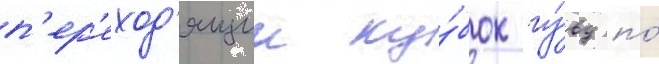
п'ер'еход'ящии ку́бок гу́вд по́